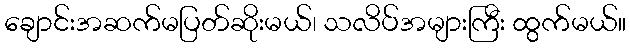
ချောင်းအဆက်မပြတ်ဆိုးမယ်၊ သလိပ်အများကြီး ထွက်မယ်။